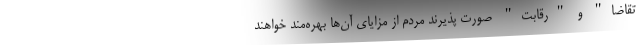
تقاضا" و "رقابت" صورت پذیرند مردم از مزایای آن‌ها بهره‌مند خواهند